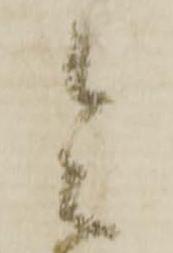
令